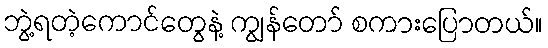
ဘွဲ့ရတဲ့ကောင်တွေနဲ့ ကျွန်တော် စကားပြောတယ်။